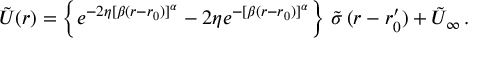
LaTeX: \tilde { U } ( r ) = \left\{ e ^ { - 2 \eta [ \beta ( r - r _ { 0 } ) ] ^ { \alpha } } - 2 \eta e ^ { - [ \beta ( r - r _ { 0 } ) ] ^ { \alpha } } \right\} \, \tilde { \sigma } \, ( r - r _ { 0 } ^ { \prime } ) + \tilde { U } _ { \infty } \, .